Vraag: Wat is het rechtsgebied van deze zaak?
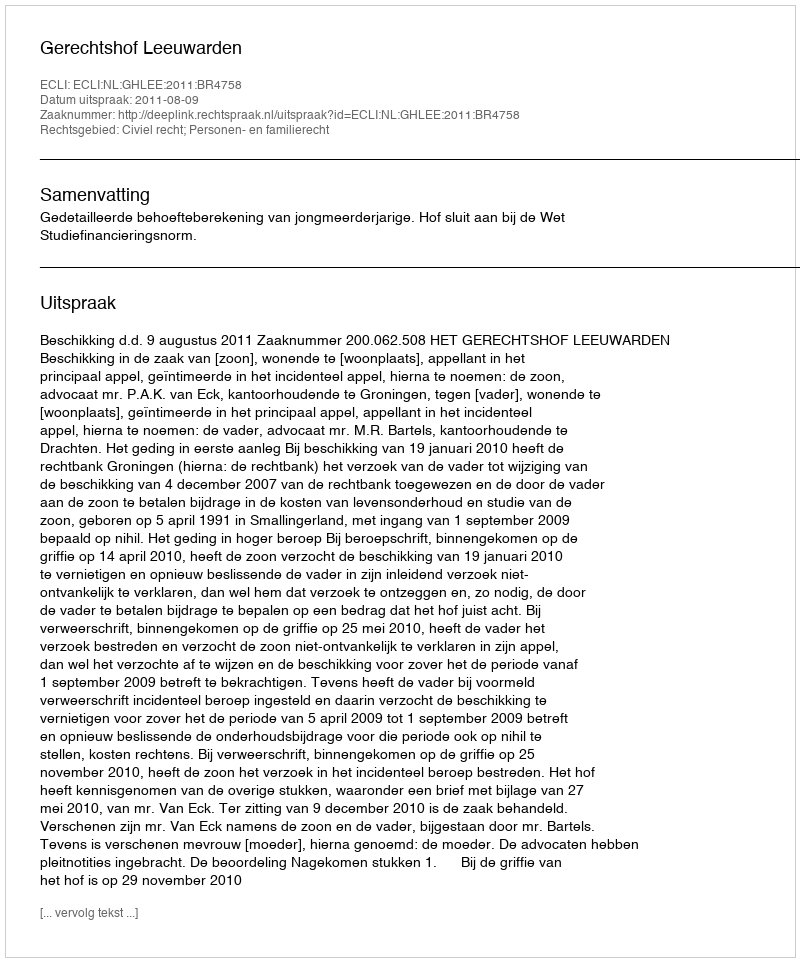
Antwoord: Civiel recht; Personen- en familierecht